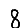
Digit: 8